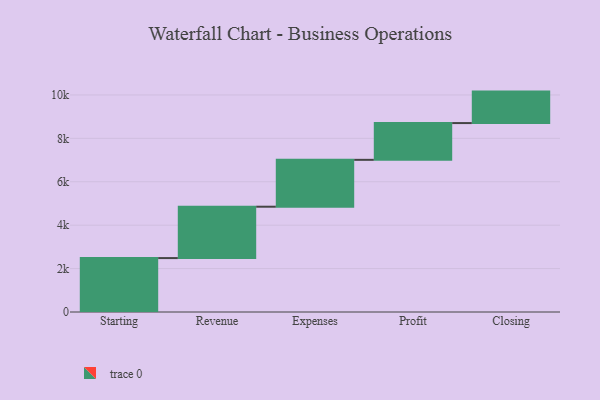
{"axis": {"x": "Step", "y": "Value"}, "legend": [""], "data": [{"x": "Starting", "y": 2484.0, "type": ""}, {"x": "Revenue", "y": 2367.0, "type": ""}, {"x": "Expenses", "y": 2159.0, "type": ""}, {"x": "Profit", "y": 1694.0, "type": ""}, {"x": "Closing", "y": 1450.0, "type": ""}]}